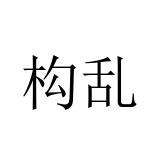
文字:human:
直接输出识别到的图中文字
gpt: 构乱